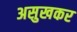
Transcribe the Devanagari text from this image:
असुखकर